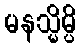
မနသ္မိမ္ပိ